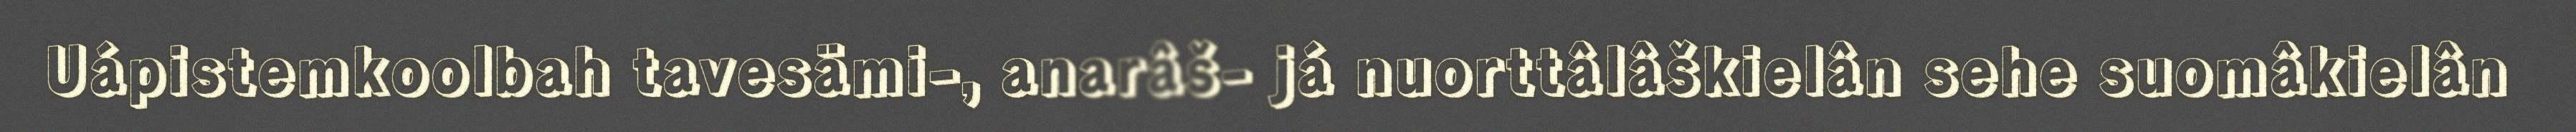
Uápistemkoolbah tavesämi-, anarâš- já nuorttâlâškielân sehe suomâkielân